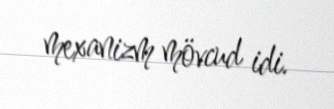
mexanizm mövcud idi.